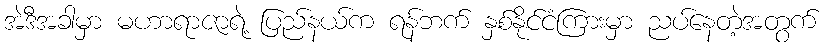
အဲဒီအခါမှာ မဟာရာဇာရဲ့ ပြည်နယ်က ရန်ဘက် နှစ်နိုင်ငံကြားမှာ ညပ်နေတဲ့အတွက်